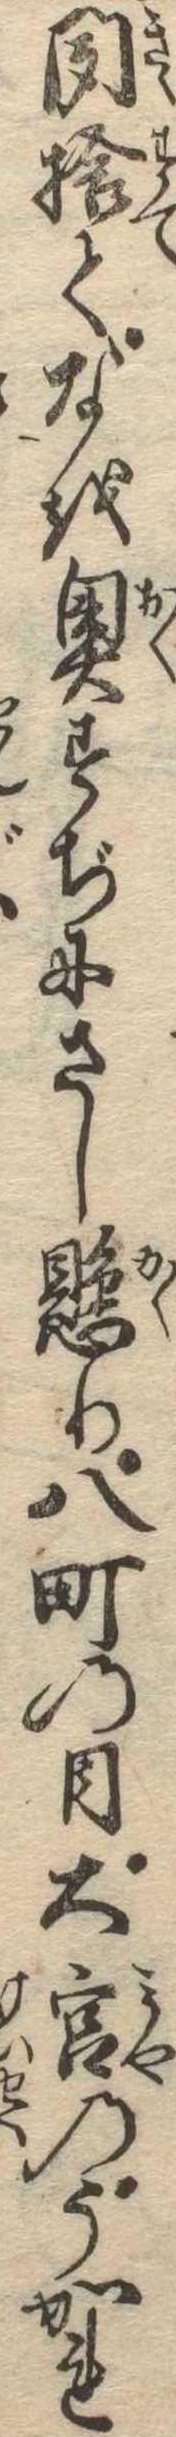
聞捨てなを奥すぢにさし懸り八町の目大宮のうかれ